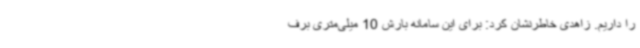
را داریم. زاهدی خاطرنشان کرد: برای این سامانه بارش 10 میلی‌متری برف